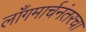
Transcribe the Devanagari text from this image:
लाँगमार्चनंतरचा